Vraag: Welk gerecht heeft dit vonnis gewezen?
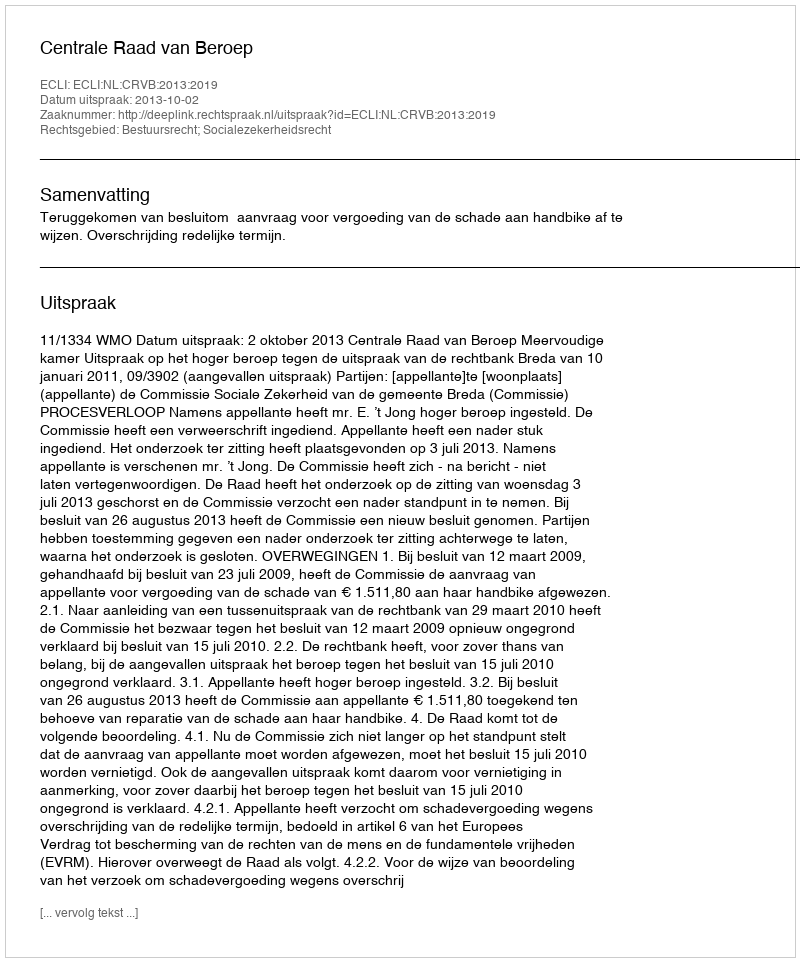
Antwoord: Centrale Raad van Beroep